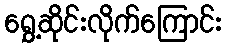
ရွှေ့ဆိုင်းလိုက်ကြောင်း